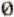
0